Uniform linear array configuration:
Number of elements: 8
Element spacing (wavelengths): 0.5
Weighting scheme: exponential
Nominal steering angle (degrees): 60
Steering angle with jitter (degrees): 61.9
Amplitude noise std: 0.05
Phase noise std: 0.05

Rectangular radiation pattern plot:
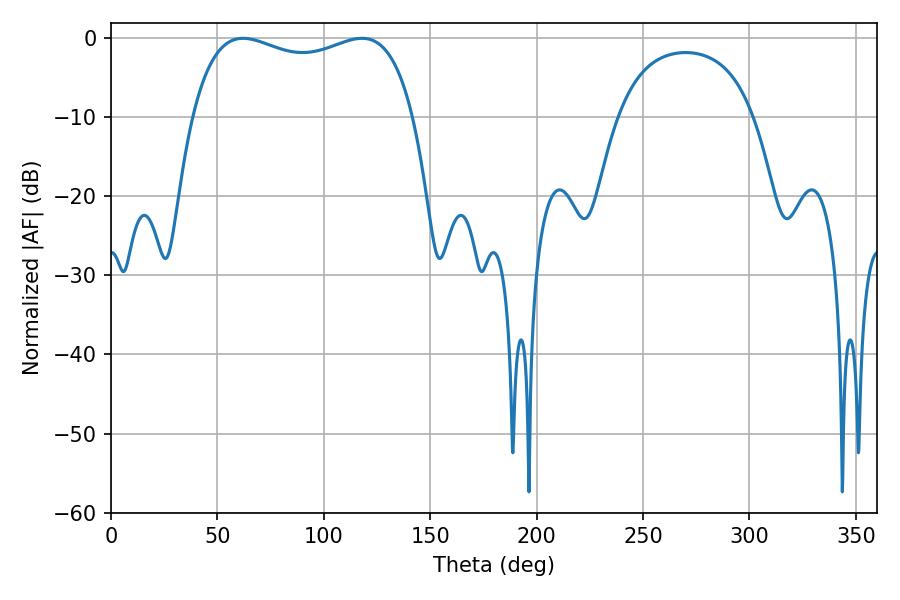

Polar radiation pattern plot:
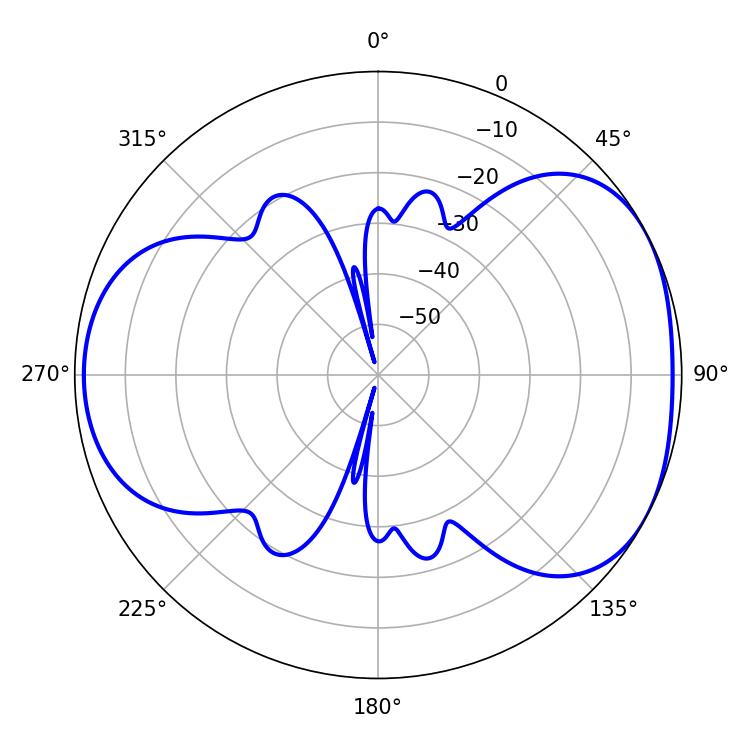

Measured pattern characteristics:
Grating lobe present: FALSE
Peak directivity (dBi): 4.653
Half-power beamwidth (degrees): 85.32
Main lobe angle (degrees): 62.1